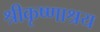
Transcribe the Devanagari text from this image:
श्रीकृष्णाश्रय